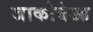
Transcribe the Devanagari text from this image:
जाकोबेआ